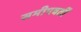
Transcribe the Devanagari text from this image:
समीपवर्तीं